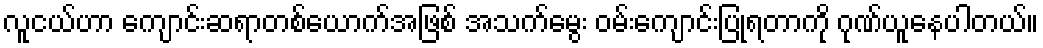
လူငယ်ဟာ ကျောင်းဆရာတစ်ယောက်အဖြစ် အသက်မွေး ဝမ်းကျောင်းပြုရတာကို ဂုဏ်ယူနေပါတယ်။